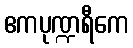
ဧကပုဏ္ဍရီကေ